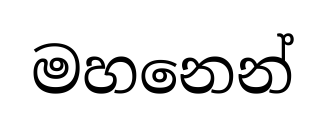
මහනෙන්